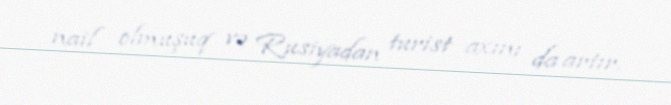
nail olmuşuq və Rusiyadan turist axını da artır.